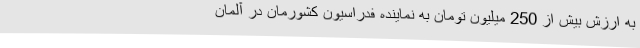
به ارزش بیش از 250 میلیون تومان به نماینده فدراسیون کشورمان در آلمان